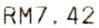
RM7.42